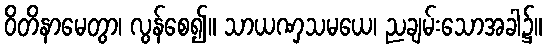
ဝိတိနာမေတွာ၊ လွန်စေ၍။ သာယဏှသမယေ၊ ညချမ်းသောအခါ၌။